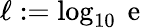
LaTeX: \ell:=\log_{10}\mathrm{~e~}